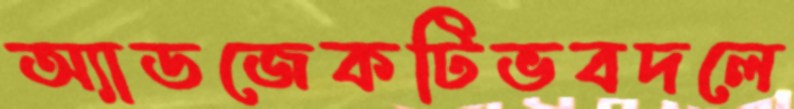
অ্যাডজেকটিভবদলে